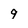
Character: 9